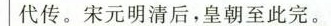
代传。宋元明清后，皇朝至此完。